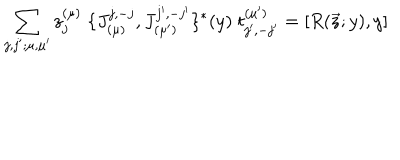
LaTeX: \sum _ { j , j ^ { \prime } ; \mu , \mu ^ { \prime } } z _ { j } ^ { ( \mu ) } \; \{ J _ { ( \mu ) } ^ { j , - j } , J _ { ( \mu ^ { \prime } ) } ^ { j ^ { \prime } , - j ^ { \prime } } \} ^ { * } ( y ) \; t _ { j ^ { \prime } , - j ^ { \prime } } ^ { ( \mu ^ { \prime } ) } = [ R ( \vec { z } ; y ) , y ]